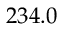
2 3 4 . 0